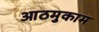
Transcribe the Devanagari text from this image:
आठमुकाम